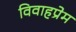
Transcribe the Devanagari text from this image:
विवाहप्रेम